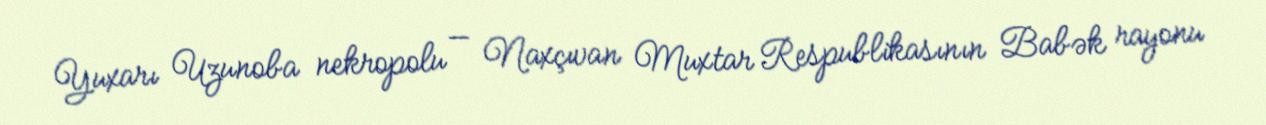
Yuxarı Uzunoba nekropolu — Naxçıvan Muxtar Respublikasının Babək rayonu